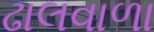
ઢાલવાળા